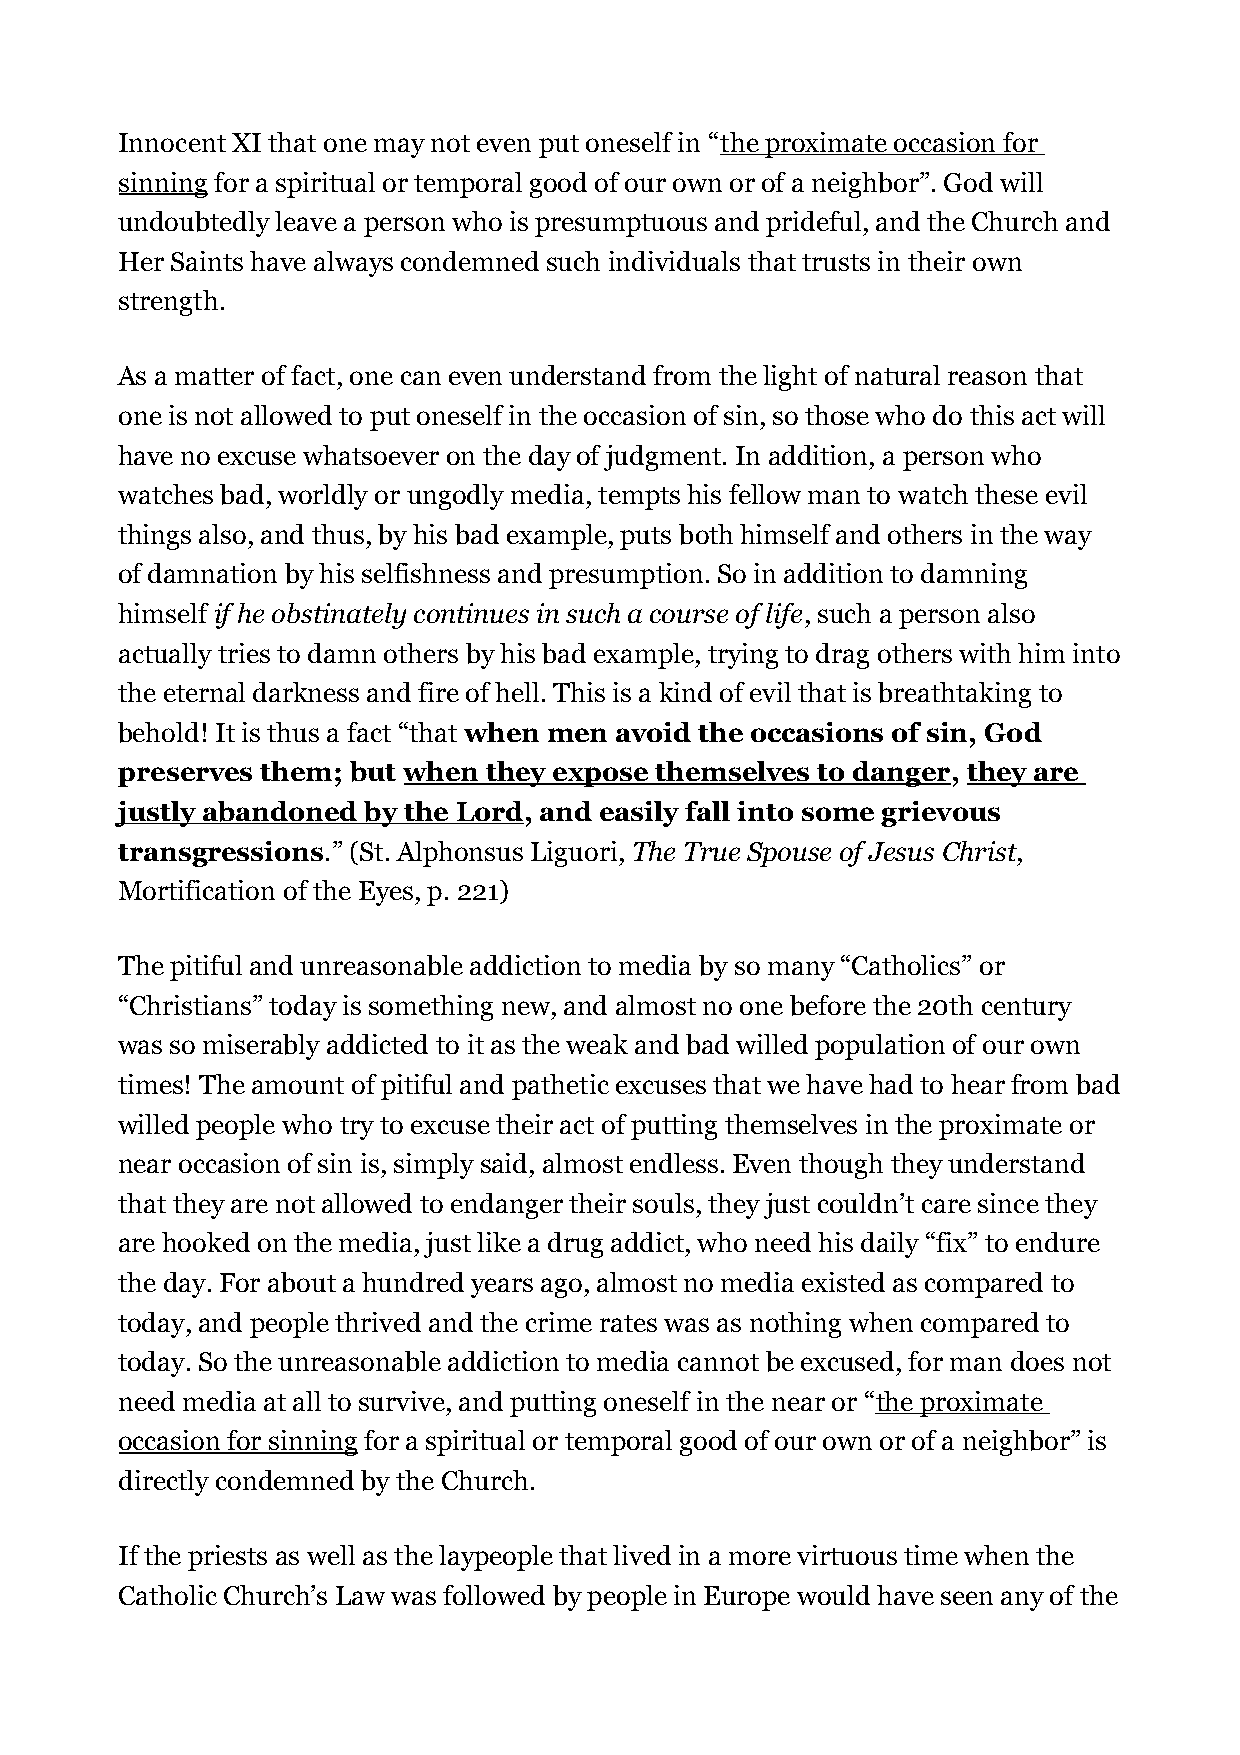
Innocent XI that one may not even put oneself in “the proximate occasion for
 sinning for a spiritual or temporal good of our own or of a neighbor”. God will
 undoubtedly leave a person who is presumptuous and prideful, and the Church and
 Her Saints have always condemned such individuals that trusts in their own
 strength.
 As a matter of fact, one can even understand from the light of natural reason that
 one is not allowed to put oneself in the occasion of sin, so those who do this act will
 have no excuse whatsoever on the day of judgment. In addition, a person who
 watches bad, worldly or ungodly media, tempts his fellow man to watch these evil
 things also, and thus, by his bad example, puts both himself and others in the way
 of damnation by his selfishness and presumption. So in addition to damning
 himself if he obstinately continues in such a course of life, such a person also
 actually tries to damn others by his bad example, trying to drag others with him into
 the eternal darkness and fire of hell. This is a kind of evil that is breathtaking to
 behold! It is thus a fact “that when men avoid the occasions of sin, God
 preserves them; but when they expose themselves to danger, they are
 justly abandoned by the Lord, and easily fall into some grievous
 transgressions.” (St. Alphonsus Liguori, The True Spouse of Jesus Christ,
 Mortification of the Eyes, p. 221)
 The pitiful and unreasonable addiction to media by so many “Catholics” or
 “Christians” today is something new, and almost no one before the 20th century
 was so miserably addicted to it as the weak and bad willed population of our own
 times! The amount of pitiful and pathetic excuses that we have had to hear from bad
 willed people who try to excuse their act of putting themselves in the proximate or
 near occasion of sin is, simply said, almost endless. Even though they understand
 that they are not allowed to endanger their souls, they just couldn’t care since they
 are hooked on the media, just like a drug addict, who need his daily “fix” to endure
 the day. For about a hundred years ago, almost no media existed as compared to
 today, and people thrived and the crime rates was as nothing when compared to
 today. So the unreasonable addiction to media cannot be excused, for man does not
 need media at all to survive, and putting oneself in the near or “the proximate
 occasion for sinning for a spiritual or temporal good of our own or of a neighbor” is
 directly condemned by the Church.
 If the priests as well as the laypeople that lived in a more virtuous time when the
 Catholic Church’s Law was followed by people in Europe would have seen any of the